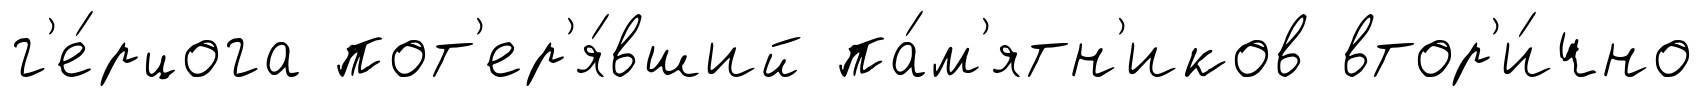
г'е́рцога пот'ер'я́вший па́м'ятн'иков втор'и́чно